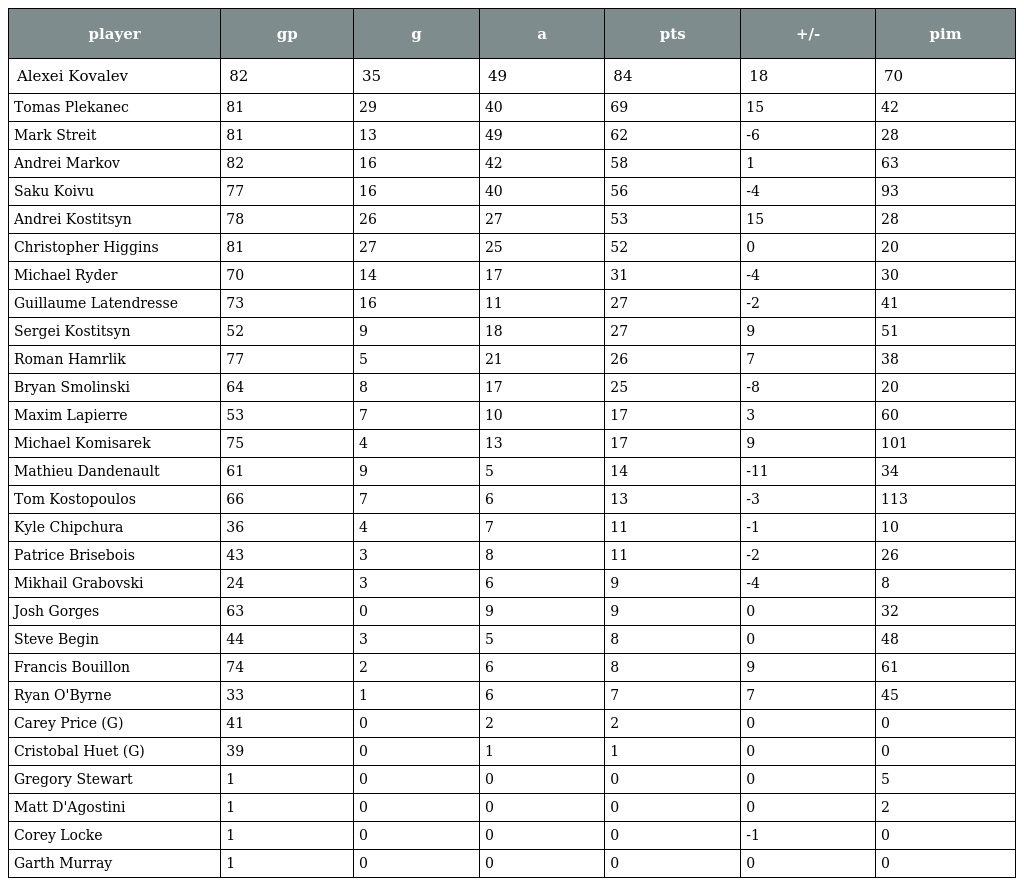
| player | gp | g | a | pts | +/- | pim |
 | --- | --- | --- | --- | --- | --- | --- |
 | Alexei Kovalev | 82 | 35 | 49 | 84 | 18 | 70 |
 | Tomas Plekanec | 81 | 29 | 40 | 69 | 15 | 42 |
 | Mark Streit | 81 | 13 | 49 | 62 | -6 | 28 |
 | Andrei Markov | 82 | 16 | 42 | 58 | 1 | 63 |
 | Saku Koivu | 77 | 16 | 40 | 56 | -4 | 93 |
 | Andrei Kostitsyn | 78 | 26 | 27 | 53 | 15 | 28 |
 | Christopher Higgins | 81 | 27 | 25 | 52 | 0 | 20 |
 | Michael Ryder | 70 | 14 | 17 | 31 | -4 | 30 |
 | Guillaume Latendresse | 73 | 16 | 11 | 27 | -2 | 41 |
 | Sergei Kostitsyn | 52 | 9 | 18 | 27 | 9 | 51 |
 | Roman Hamrlik | 77 | 5 | 21 | 26 | 7 | 38 |
 | Bryan Smolinski | 64 | 8 | 17 | 25 | -8 | 20 |
 | Maxim Lapierre | 53 | 7 | 10 | 17 | 3 | 60 |
 | Michael Komisarek | 75 | 4 | 13 | 17 | 9 | 101 |
 | Mathieu Dandenault | 61 | 9 | 5 | 14 | -11 | 34 |
 | Tom Kostopoulos | 66 | 7 | 6 | 13 | -3 | 113 |
 | Kyle Chipchura | 36 | 4 | 7 | 11 | -1 | 10 |
 | Patrice Brisebois | 43 | 3 | 8 | 11 | -2 | 26 |
 | Mikhail Grabovski | 24 | 3 | 6 | 9 | -4 | 8 |
 | Josh Gorges | 63 | 0 | 9 | 9 | 0 | 32 |
 | Steve Begin | 44 | 3 | 5 | 8 | 0 | 48 |
 | Francis Bouillon | 74 | 2 | 6 | 8 | 9 | 61 |
 | Ryan O'Byrne | 33 | 1 | 6 | 7 | 7 | 45 |
 | Carey Price (G) | 41 | 0 | 2 | 2 | 0 | 0 |
 | Cristobal Huet (G) | 39 | 0 | 1 | 1 | 0 | 0 |
 | Gregory Stewart | 1 | 0 | 0 | 0 | 0 | 5 |
 | Matt D'Agostini | 1 | 0 | 0 | 0 | 0 | 2 |
 | Corey Locke | 1 | 0 | 0 | 0 | -1 | 0 |
 | Garth Murray | 1 | 0 | 0 | 0 | 0 | 0 |